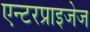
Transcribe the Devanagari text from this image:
एन्टरप्राइजेज